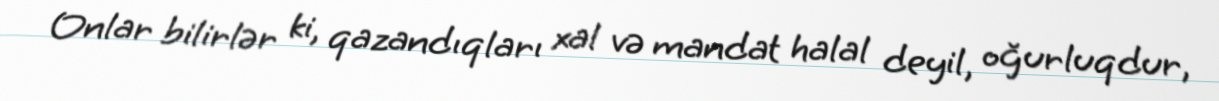
Onlar bilirlər ki, qazandıqları xal və mandat halal deyil, oğurluqdur,